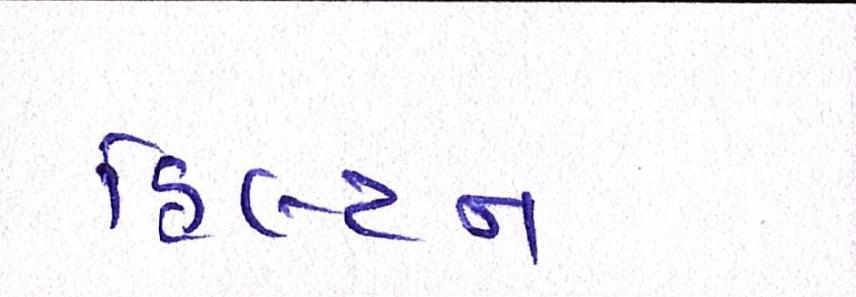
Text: હિલ્ટન